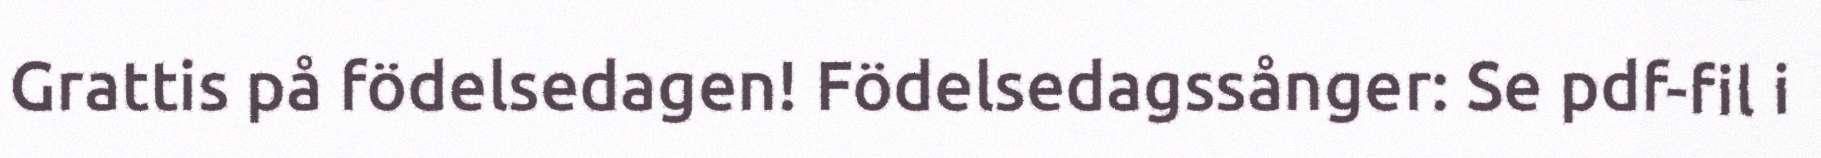
Grattis på födelsedagen! Födelsedagssånger: Se pdf-fil i